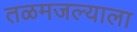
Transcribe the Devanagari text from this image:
तळमजल्याला